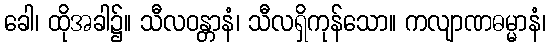
ခေါ၊ ထိုအခါ၌။ သီလဝန္တာနံ၊ သီလရှိကုန်သော။ ကလျာဏဓမ္မာနံ၊